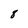
Character: 8